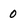
Character: 0